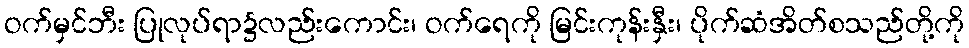
ဝက်မှင်ဘီး ပြုလုပ်ရာ၌လည်းကောင်း၊ ဝက်ရေကို မြင်းကုန်းနှီး၊ ပိုက်ဆံအိတ်စသည်တို့ကို